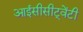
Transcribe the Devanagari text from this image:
आईसीसीट्वेंटी